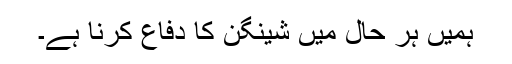
ہمیں ہر حال میں شینگن کا دفاع کرنا ہے۔